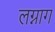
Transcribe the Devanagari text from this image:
लग्नाग